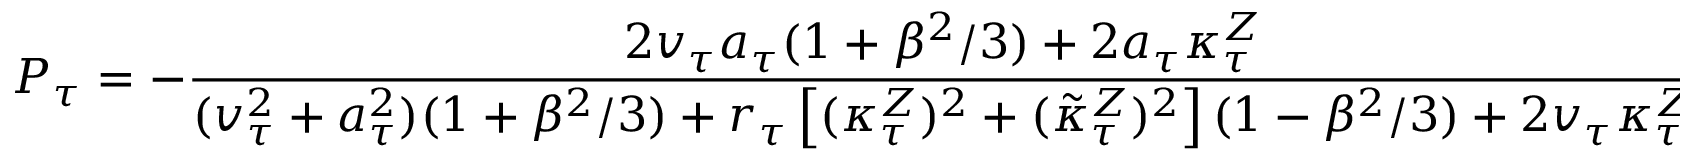
P _ { \tau } = - { \frac { 2 v _ { \tau } a _ { \tau } ( 1 + \beta ^ { 2 } / 3 ) + 2 a _ { \tau } \kappa _ { \tau } ^ { Z } } { ( v _ { \tau } ^ { 2 } + a _ { \tau } ^ { 2 } ) ( 1 + \beta ^ { 2 } / 3 ) + r _ { \tau } \left[ ( \kappa _ { \tau } ^ { Z } ) ^ { 2 } + ( \tilde { \kappa } _ { \tau } ^ { Z } ) ^ { 2 } \right] ( 1 - \beta ^ { 2 } / 3 ) + 2 v _ { \tau } \kappa _ { \tau } ^ { Z } } } \, ,